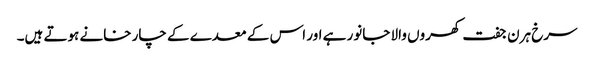
سرخ ہرن جفت کھروں والا جانور ہے اور اس کے معدے کے چار خانے ہوتے ہیں۔